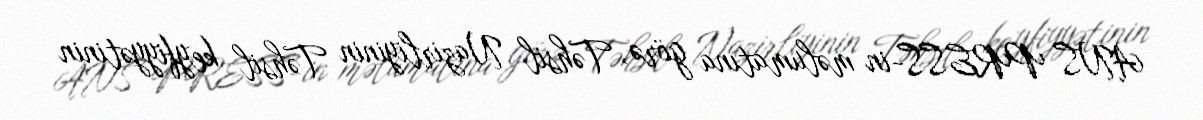
ANS PRESS-in məlumatına görə, Təhsil Nazirliyinin Təhsil keyfiyyətinin